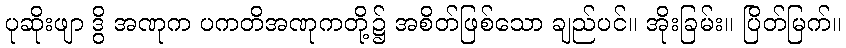
ပုဆိုးဖျာ ဒွိ အဏုက ပကတိအဏုကတို့၌ အစိတ်ဖြစ်သော ချည်ပင်။ အိုးခြမ်း။ ပြိတ်မြက်။